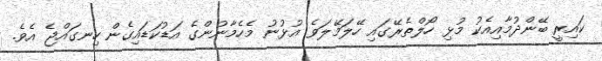
ކައިރީ ބޭންދުމާއިއެކު މުޅި ހޯލްތެރޭގައި ހޭލަމޭލަވެ އުޅުނު މެހެމާނުންގެ އަޑުކަޑައިގެން ހިނގައްޖެ އެވެ.